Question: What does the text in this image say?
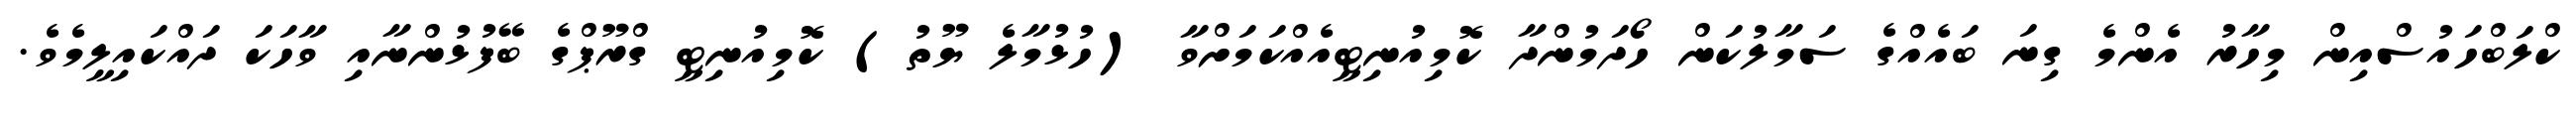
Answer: ކްލަބްހައުސްއިން މިހާރު އެންމެ ގިނަ ބައެއްގެ ސަމާލުކަން ހޯދަމުންދާ ކޮމިއުނިޓީއެއްކަމަށްވާ (ހުޅުމާލެ ޔޫތު) ކޮމިއުނިޓީ ގްރޫޕްގެ ބޭފުޅުންނާއި ވާހަކަ ދައްކައިލީމެވެ.